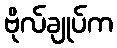
ဗိုလ်ချုပ်က